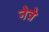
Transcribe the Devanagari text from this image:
नेत्रे